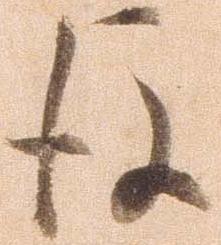
後